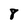
Character: 8